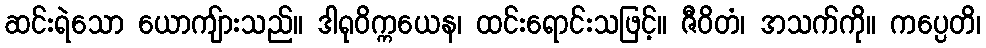
ဆင်းရဲသော ယောကျ်ားသည်။ ဒါရုဝိက္ကယေန၊ ထင်းရောင်းသဖြင့်။ ဇီဝိတံ၊ အသက်ကို။ ကပ္ပေတိ၊